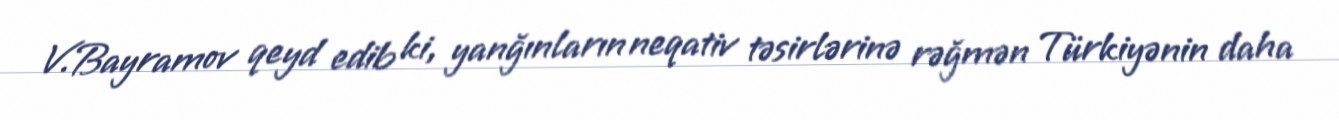
V.Bayramov qeyd edib ki, yanğınların neqativ təsirlərinə rəğmən Türkiyənin daha